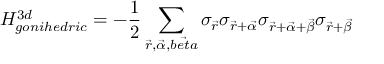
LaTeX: H _ { g o n i h e d r i c } ^ { 3 d } = - \frac { 1 } { 2 } \sum _ { \vec { r } , \vec { \alpha } , \vec { b e t a } } \sigma _ { \vec { r } } \sigma _ { \vec { r } + \vec { \alpha } } \sigma _ { \vec { r } + \vec { \alpha } + \vec { \beta } } \sigma _ { \vec { r } + \vec { \beta } }